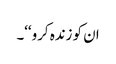
ان کو زندہ کرو‘‘۔